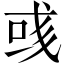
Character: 彧